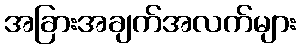
အခြားအချက်အလက်များ